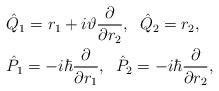
LaTeX: \begin{align*} &\hat{Q}_{1}=r_{1}+i\vartheta\frac{\partial}{\partial r_{2}},\;\; \hat{Q}_{2}=r_{2},\\ &\hat{P}_{1}=-i\hbar\frac{\partial}{\partial r_{1}},\;\; \hat{P}_{2}=-i\hbar\frac{\partial}{\partial r_{2}}, \end{align*}